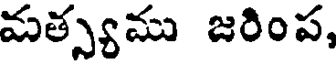
మత్స్యము జరింప,